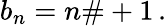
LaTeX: b_{n}=n\# +1\, .